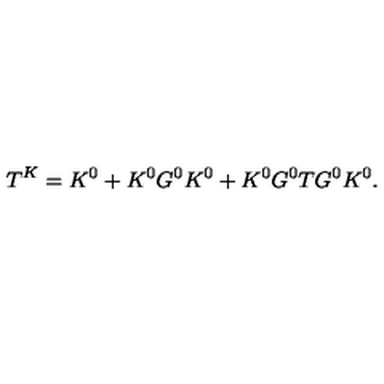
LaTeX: T ^ { K } = K ^ { 0 } + K ^ { 0 } G ^ { 0 } K ^ { 0 } + K ^ { 0 } G ^ { 0 } T G ^ { 0 } K ^ { 0 } .